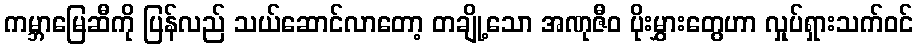
ကမ္ဘာမြေဆီကို ပြန်လည် သယ်ဆောင်လာတော့ တချို့သော အဏုဇီဝ ပိုးမွှားတွေဟာ လှုပ်ရှားသက်ဝင်